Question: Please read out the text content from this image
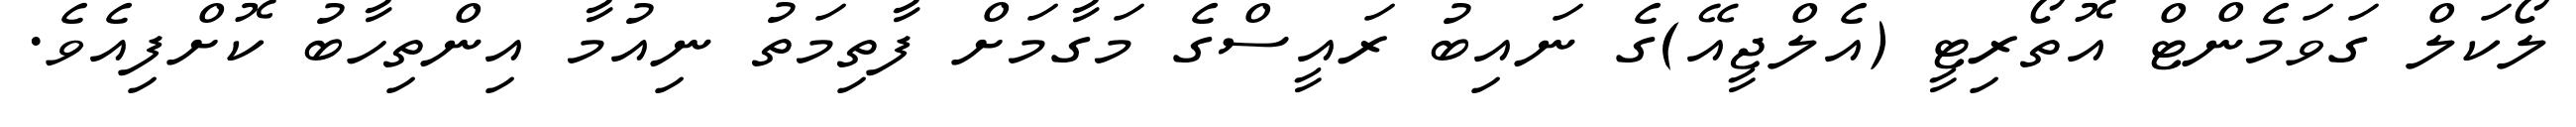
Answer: ލޯކަލް ގަވަމެންޓް އޮތޯރިޓީ (އެލްޖީއޭ)ގެ ނައިބު ރައީސްގެ މަގާމަށް ފާތިމަތު ނިއުމާ އިންތިހާބު ކޮށްފިއެވެ.